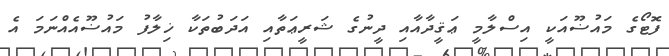
ފޮޓޯގެ މައުޟޫއަކީ އިސްލާމީ ޢަޤީދާއާއި ދީނުގެ ޝަރީޢަތާއި އަދަބުތަކާ ޚިލާފު މައުޟޫއެއްނަމަ އެ